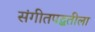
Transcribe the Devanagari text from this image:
संगीतपद्धतीला